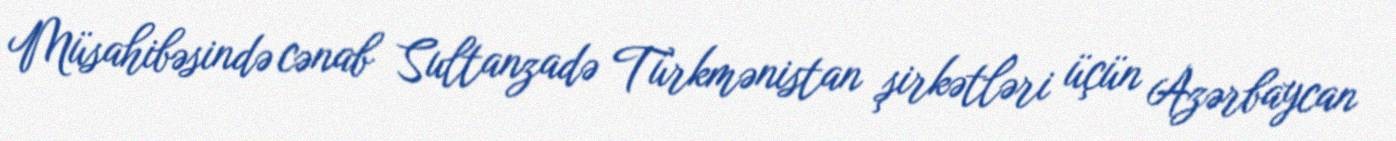
Müsahibəsində cənab Sultanzadə Türkmənistan şirkətləri üçün Azərbaycan